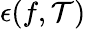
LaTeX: \epsilon(f,\mathcal{T})